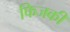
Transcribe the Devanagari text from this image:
फिजकी